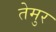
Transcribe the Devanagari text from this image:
तेमुर